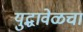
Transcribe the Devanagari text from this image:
युद्धावेळचा